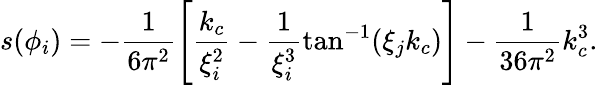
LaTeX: s(\phi_{i})=-\frac{1}{6\pi^{2}}\left[\frac{k_{c}}{\xi_{i}^{2}}-\frac{1}{\xi_{i}^{3}}\mathrm{tan}^{-1}(\xi_{j}k_{c})\right]-\frac{1}{36\pi^{2}}k_{c}^{3}.